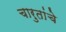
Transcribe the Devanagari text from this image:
चारुतांचे